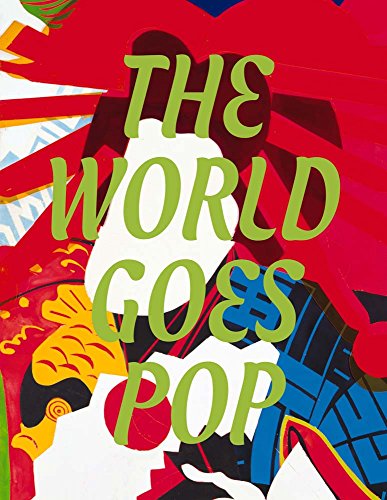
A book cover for The World Goes Pop; Arts & Photography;